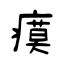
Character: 瘼